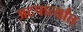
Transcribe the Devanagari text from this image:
अटपार्त्यांत